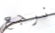
نرجع